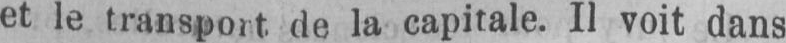
de la capitale. Il voit dans